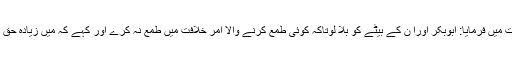
حضرت عائشہ سے روایت ہے،رسول ﷲ صلی ﷲ علیہ وسلم نے اپنے مرض وفات میں فرمایا: ابوبکر اورا ن کے بیٹے کو بلا لوتاکہ کوئی طمع کرنے والا امر خلافت میں طمع نہ کرے اور کہے کہ میں زیادہ حق دار ہوں، پھر فرمایا: ﷲ اور اہل ایمان ایسا نہ کرنے دیں گے (بخاری، رقم ۵۶۶۶۔